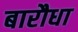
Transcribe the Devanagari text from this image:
बारौधा